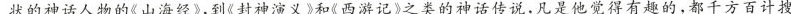
状的神话人物的《山海经》,到《封神演义》和《西游记》之类的神话传说,凡是他觉得有趣的,都千方百计搜